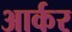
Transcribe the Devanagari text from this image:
आर्कर